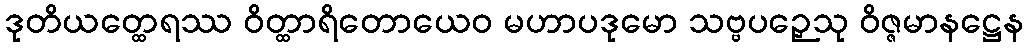
ဒုတိယတ္ထေရဿ ဝိတ္ထာရိတောယေဝ မဟာပဒုမော သဗ္ဗပဉှေသု ဝိဇ္ဇမာနဋ္ဌေန